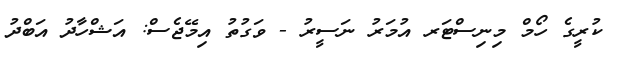
ކުރީގެ ހޯމް މިނިސްޓަރ އުމަރު ނަސީރު - ވަގުތު އިމޭޖެސް: އަޝްހާދު އަބްދު